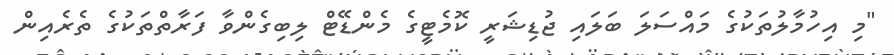
"މި އިހުމާލުތަކުގެ މައްސަލަ ބަލައި ޖުޑިޝަރީ ކޮމެޓީގެ މެންޑޭޓް ލިބިގެންވާ ފަރާތްތަކުގެ ތެރެއިން